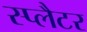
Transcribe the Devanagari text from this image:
स्प्लैटर